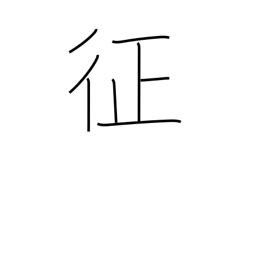
Meaning: subjugate